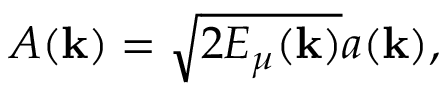
A ( { \bf k } ) = \sqrt { 2 E _ { \mu } ( { \bf k } ) } a ( { \bf k } ) ,